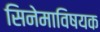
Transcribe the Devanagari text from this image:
सिनेमाविषयक